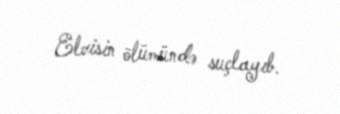
Elvisin ölümündə suçlayıb.